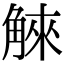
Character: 䚞